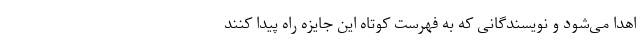
اهدا می‌شود و نویسندگانی که به فهرست کوتاه این جایزه راه پیدا کنند